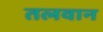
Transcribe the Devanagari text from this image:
तलवान